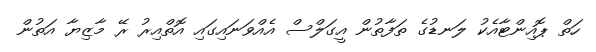
ހަތް ޕޮއިންޓާއެކު ލަނޑުގެ ތަފާތުން އީގަލްސް އެއްވަނައިގައި އޮތްއިރު ރޭ މާޒިޔާ އަތުން